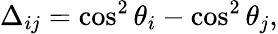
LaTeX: \Delta_{ij}=\cos^{2}\theta_{i}-\cos^{2}\theta_{j},